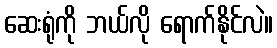
ဆေးရုံကို ဘယ်လို ရောက်နိုင်လဲ။